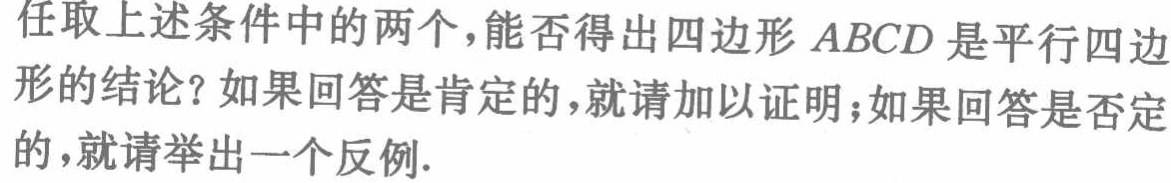
任取上述条件中的两个，能否得出四边形\(ABCD\)是平行四边形的结论？如果回答是肯定的，就请加以证明；如果回答是否定的，就请举出一个反例.